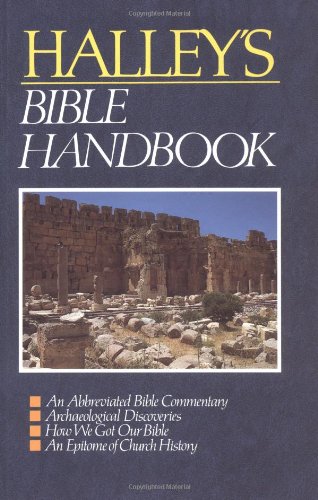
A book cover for Halley's Bible Handbook; Henry H. Halley; Christian Books & Bibles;